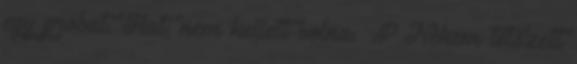
egy probat. Hat, nem kellett volna. :P Nekem tetszett